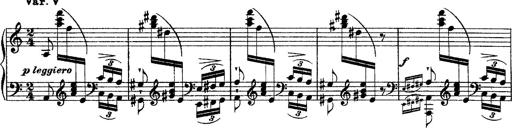
Title: Ã‰tudes d'exÃ©cution transcendante d'aprÃ¨s Paganini
Composer: Franz Liszt